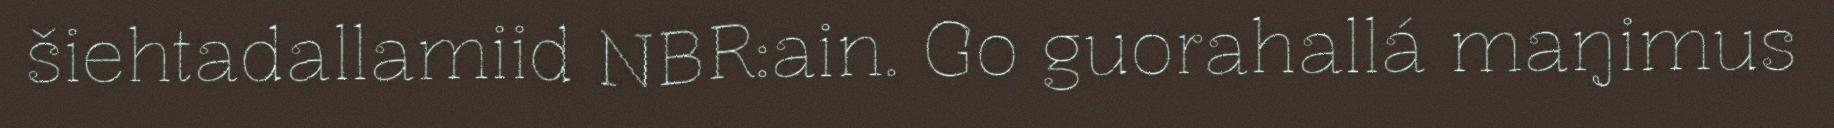
šiehtadallamiid NBR:ain. Go guorahallá maŋimus